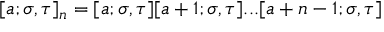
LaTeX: [ a ; \sigma , \tau ] _ { n } = [ a ; \sigma , \tau ] [ a + 1 ; \sigma , \tau ] . . . [ a + n - 1 ; \sigma , \tau ]